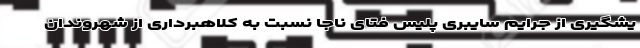
یشگیری از جرایم سایبری پلیس فتای ناجا نسبت به کلاهبرداری از شهروندان